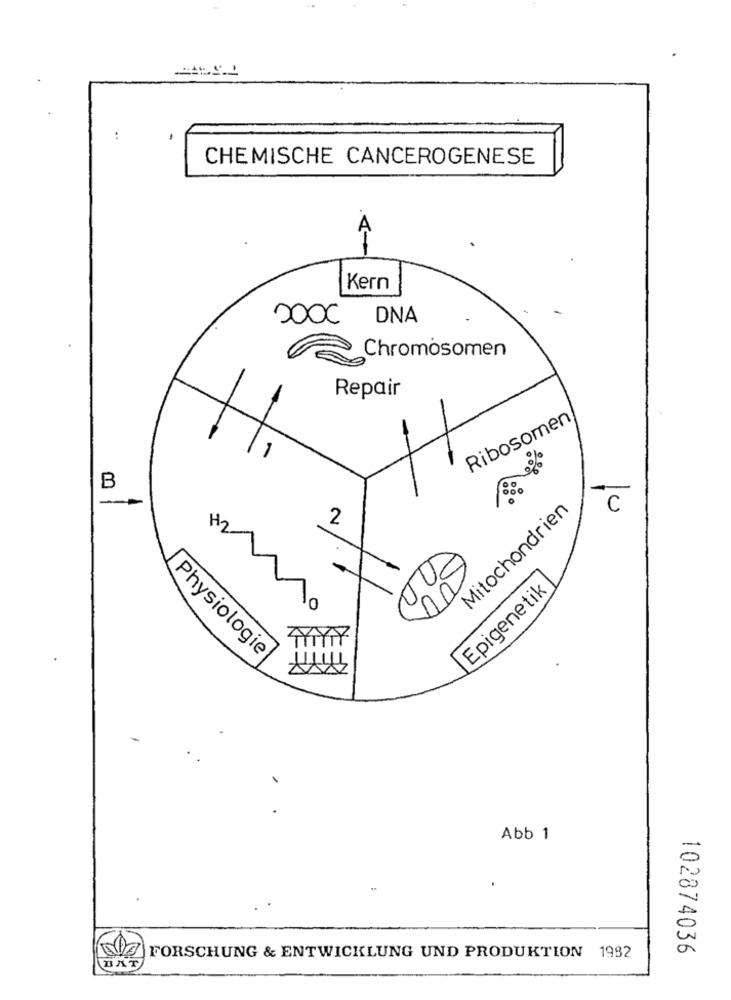
CHEMISCHE CANCEROGENESE
A
Kern
200℃ DNA
Chromosomen
Repair
Ribosomen
B
000
--
10
Mitochondrien
2
H2
Epigenetik
0
Physiologie
Abb 1
-
.
a
102874036
FORSCHUNG & ENTWICKLUNG UND PRODUKTION 1992
BAT